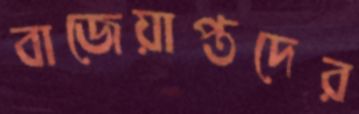
বাজেয়াপ্তদের